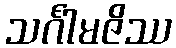
သင်္ဂါမဇိဿ